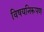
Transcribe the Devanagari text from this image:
विषयनिरूपण